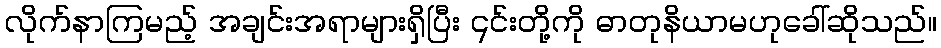
လိုက်နာကြမည့် အချင်းအရာများရှိပြီး ၎င်းတို့ကို ဓာတုနိယာမဟုခေါ်ဆိုသည်။